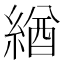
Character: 緧